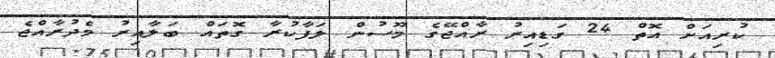
ކުރިއަށް އޮތް 24 ގަޑިއިރު ރާއްޖޭގެ މޫސުން ލަފާކުރާ ގޮތައް ބަލާއިރު މެދުރާއްޖެ